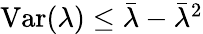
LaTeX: \begin{array}{r}{\mathrm{Var}(\lambda)\leq\bar{\lambda}-\bar{\lambda}^{2}}\end{array}